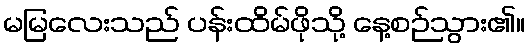
မမြလေးသည် ပန်းထိမ်ဖိုသို့ နေ့စဉ်သွား၏။